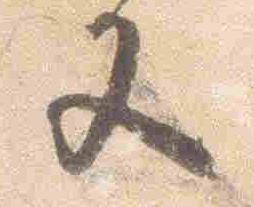
又